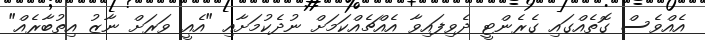
އެއްވެސް ގޮތެއްގައި ގެރެންޓީ ދެވިފައިވާ އެއްޗެއްކަމަށް ނުދެކުމަށާއި "އެއީ ވަރަށް ނާޒު އިތުބާރެއް"